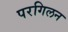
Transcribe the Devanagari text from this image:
परगिलन